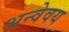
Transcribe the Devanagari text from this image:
अन्वेवय